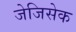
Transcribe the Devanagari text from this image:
जेजिसेक